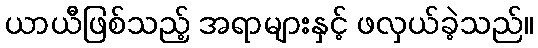
ယာယီဖြစ်သည့် အရာများနှင့် ဖလှယ်ခဲ့သည်။